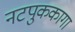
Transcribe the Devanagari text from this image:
नटपुककागा